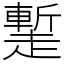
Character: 䟅